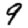
Digit: 9